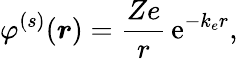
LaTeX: \varphi^{(s)}(\boldsymbol{r})=\frac{Ze}{r}\, \mathrm{e}^{-k_{e}r},